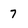
Character: 7